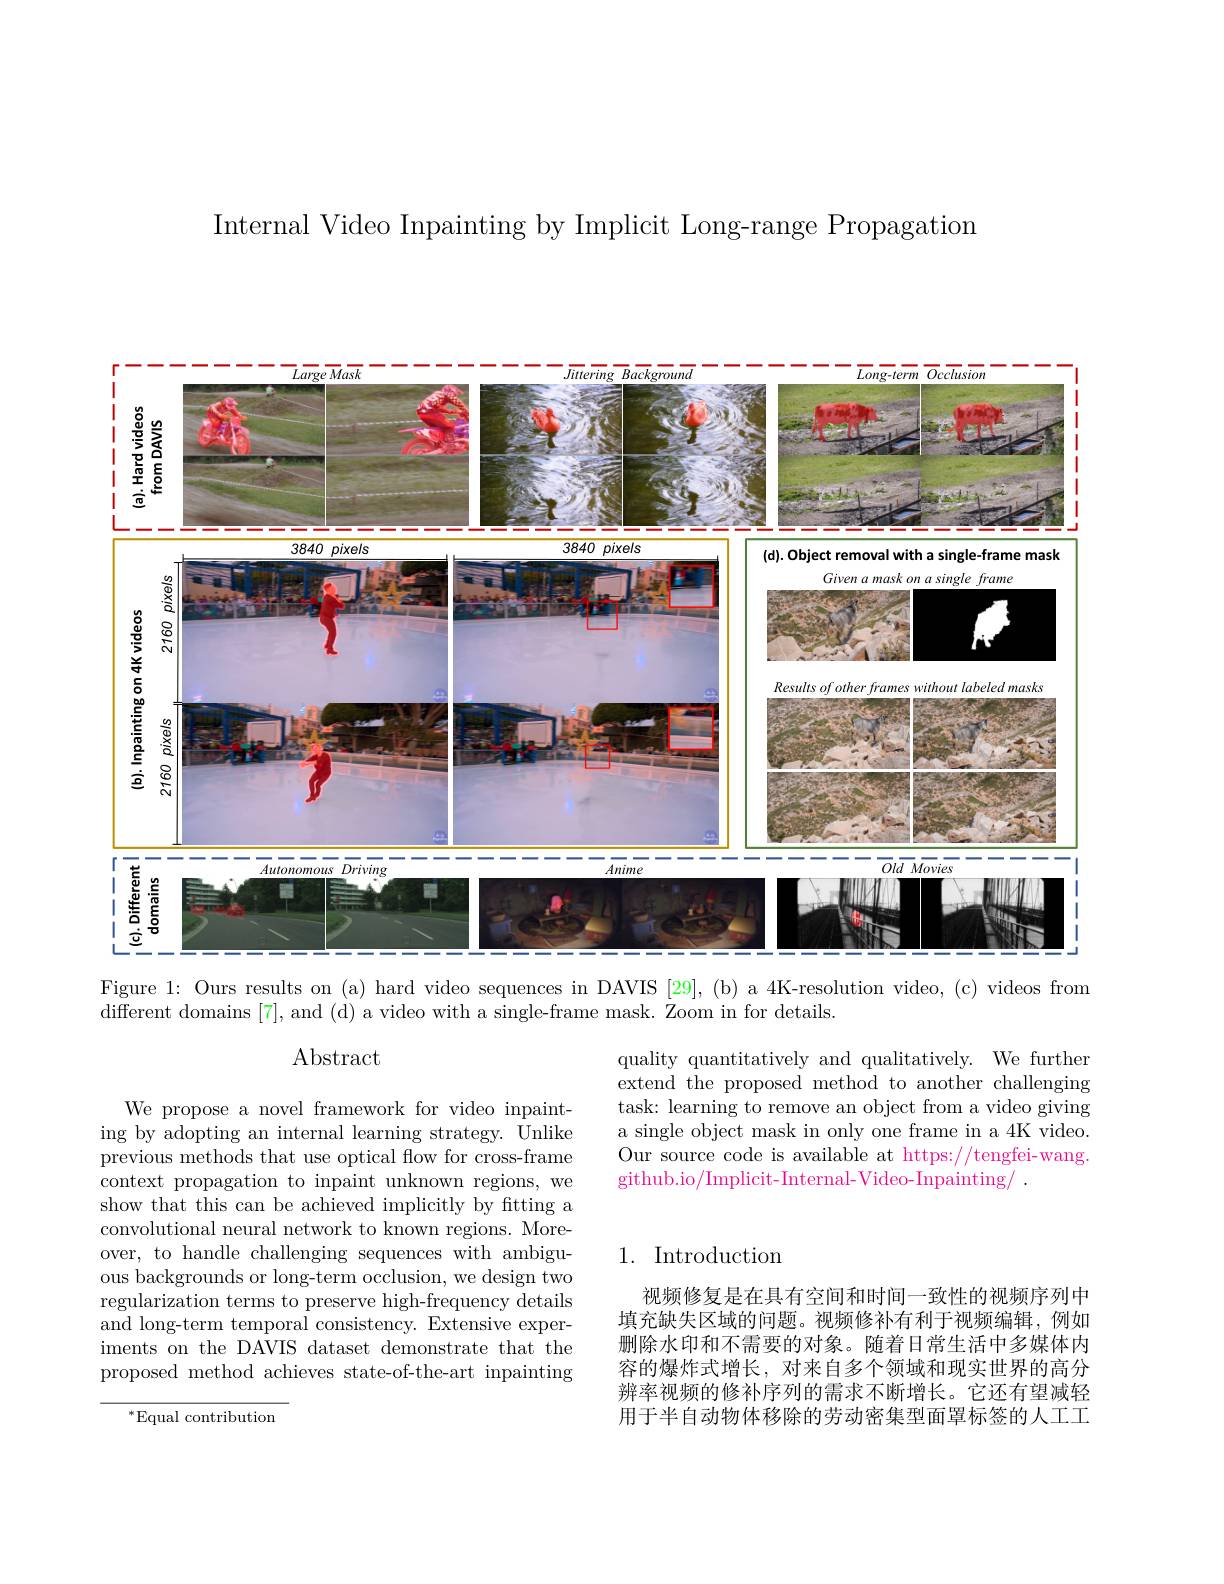
Internal Video Inpainting by Implicit Long-range Propagation

<FigureHere>
Figure 1: Ours results on (a) hard video sequences in DAVIS [29], (b) a 4K-resolution video, (c) videos from

different domains [7], and (d) a video with a single-frame mask. Zoom in for details.

$\operatorname{Abstract}$

quality quantitatively and qualitatively. We further extend the proposed method to another challenging task: learning to remove an object from a video giving a single object mask in only one frame in a 4K video. Our source code is available at https://tengfei-wang. github.io/Implicit-Internal-Video-Inpainting/ .

We propose a novel framework for video inpainting by adopting an internal learning strategy. Unlike previous methods that use optical flow for cross-frame context propagation to inpaint unknown regions, we show that this can be achieved implicitly by fitting a convolutional neural network to known regions. Moreover, to handle challenging sequences with ambiguous backgrounds or long-term occlusion, we design two regularization terms to preserve high-frequency details and long-term temporal consistency. Extensive experiments on the DAVIS dataset demonstrate that the proposed method achieves state-of-the-art inpainting

## 1. Introduction

视频修复是在具有空间和时间一致性的视频序列中填充缺失区域的问题。视频修补有利于视频编辑，例如删除水印和不需要的对象。随着日常生活中多媒体内容的爆炸式增长，对来自多个领域和现实世界的高分辨率视频的修补序列的需求不断增长。它还有望减轻用于半自动物体移除的劳动密集型面罩标签的人工工

$^{*}$Equal contribution